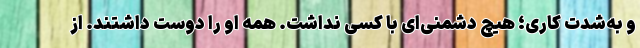
و به‌شدت کاری؛ هیچ دشمنی‌ای با کسی نداشت. همه او را دوست داشتند. از